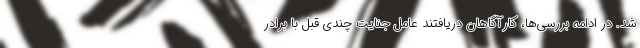
شد. در ادامه بررسی‌ها، کارآگاهان دریافتند عامل جنایت چندی قبل با برادر